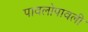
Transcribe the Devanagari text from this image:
पावलोपावली